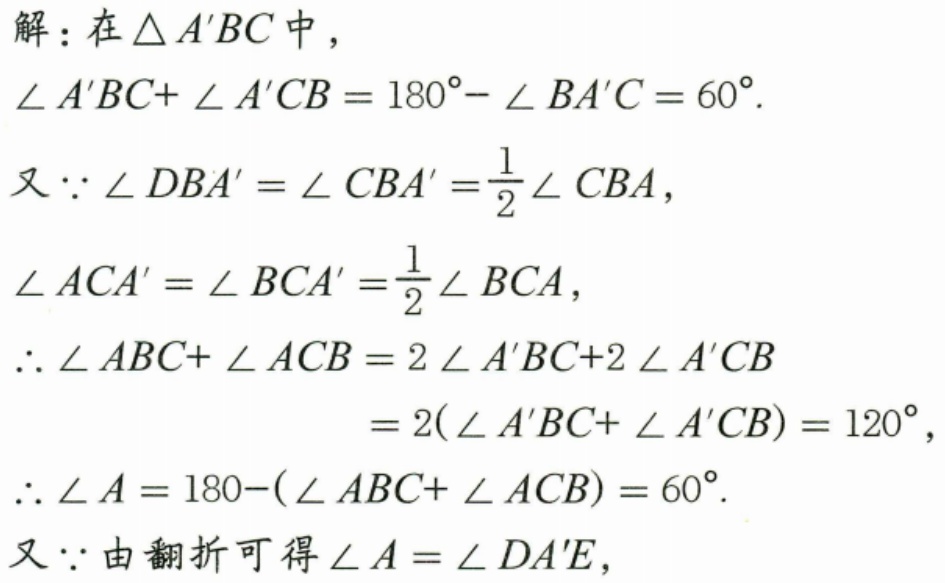
解：在\(\triangle A'BC\)中，
\(\angle A'BC+\angle A'CB = 180^{\circ}-\angle BA'C = 60^{\circ}\).
又\(\because\angle DBA'=\angle CBA'=\frac{1}{2}\angle CBA\)，
\(\angle ACA'=\angle BCA'=\frac{1}{2}\angle BCA\)，
\(\therefore\angle ABC+\angle ACB = 2\angle A'BC + 2\angle A'CB\)
\(=2(\angle A'BC+\angle A'CB)=120^{\circ}\)，
\(\therefore\angle A = 180 - (\angle ABC+\angle ACB)=60^{\circ}\).
又\(\because\)由翻折可得\(\angle A=\angle DA'E\)，